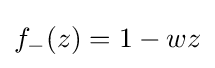
f_{-}(z)=1-wz